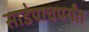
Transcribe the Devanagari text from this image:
साडेपाचपर्यंत